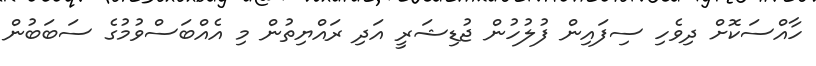
ހާއްސަކޮށް ދިވެހި ސިފައިން ފުލުހުން ޖުޑިޝަރީ އަދި ރައްޔިތުން މި އެއްބަސްވުމުގެ ސަބަބުން